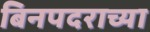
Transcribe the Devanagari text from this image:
बिनपदराच्या